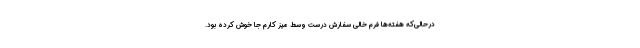
درحالی‌که هفته‌ها فرم خالی سفارش درست وسط میز کارم جا خوش کرده بود.